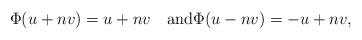
LaTeX: \begin{align*}\Phi(u+nv)=u+nv\quad\textnormal{and}\Phi(u-nv)=-u+nv,\end{align*}